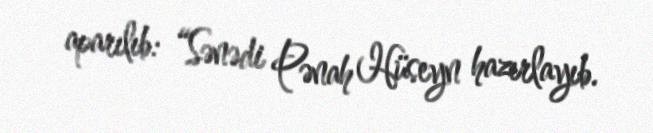
aparılıb: “Sənədi Pənah Hüseyn hazırlayıb.